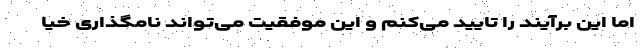
اما این برآیند را تایید می‌کنم و این موفقیت می‌تواند نامگذاری خیا